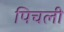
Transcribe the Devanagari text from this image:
पिचली